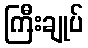
ကြီးချုပ်